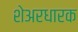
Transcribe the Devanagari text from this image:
शेअरधारक